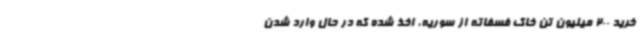
خرید 200 میلیون تن خاک فسفاته از سوریه، اخذ شده که در حال وارد شدن